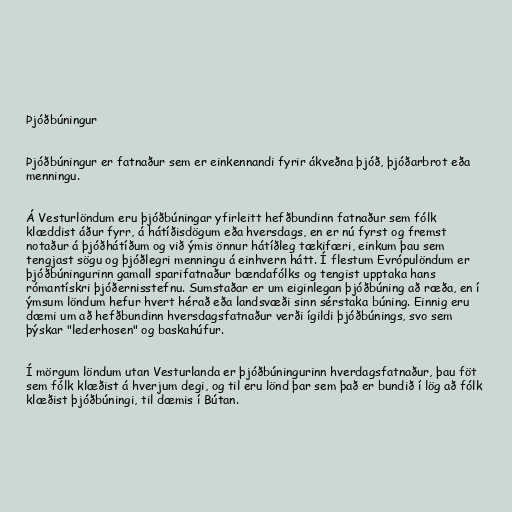
Þjóðbúningur

Þjóðbúningur er fatnaður sem er einkennandi fyrir ákveðna þjóð, þjóðarbrot eða
menningu.

Á Vesturlöndum eru þjóðbúningar yfirleitt hefðbundinn fatnaður sem fólk
klæddist áður fyrr, á hátíðisdögum eða hversdags, en er nú fyrst og fremst
notaður á þjóðhátíðum og við ýmis önnur hátíðleg tækifæri, einkum þau sem
tengjast sögu og þjóðlegri menningu á einhvern hátt. Í flestum Evrópulöndum er
þjóðbúningurinn gamall sparifatnaður bændafólks og tengist upptaka hans
rómantískri þjóðernisstefnu. Sumstaðar er um eiginlegan þjóðbúning að ræða, en í
ýmsum löndum hefur hvert hérað eða landsvæði sinn sérstaka búning. Einnig eru
dæmi um að hefðbundinn hversdagsfatnaður verði ígildi þjóðbúnings, svo sem
þýskar "lederhosen" og baskahúfur.

Í mörgum löndum utan Vesturlanda er þjóðbúningurinn hverdagsfatnaður, þau föt
sem fólk klæðist á hverjum degi, og til eru lönd þar sem það er bundið í lög að fólk
klæðist þjóðbúningi, til dæmis í Bútan.